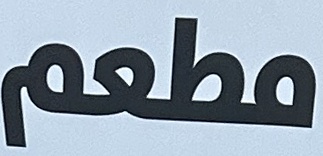
مطعم